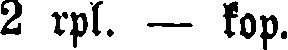
2 rpl. — kop.